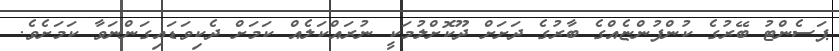
ޕަސެންޓު ބޭރުގެ ކުންފުންޏެއްގެ ބާރުގެ ދަށަށް ދޫކޮށްލުމަކީ ނުރައްކަލެއް ކަމަށް ދެކިވަޑައިގަންނަވާ ކަމަށެވެ.